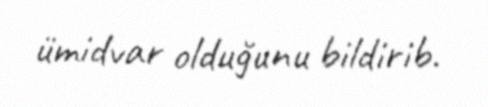
ümidvar olduğunu bildirib.